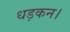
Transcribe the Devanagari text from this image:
धड़कन।